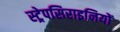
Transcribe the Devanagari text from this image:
स्ट्रेपसिराइनियों